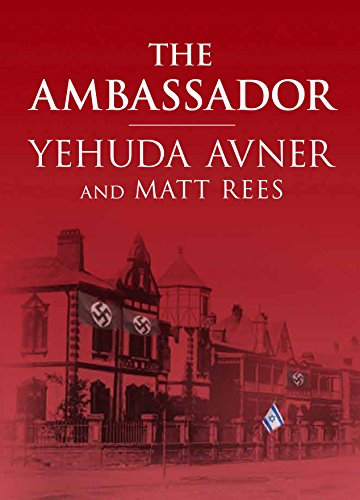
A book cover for The Ambassador; Yehuda Avner; Mystery, Thriller & Suspense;